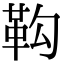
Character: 䩓